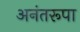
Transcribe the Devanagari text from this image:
अनंतरूपा